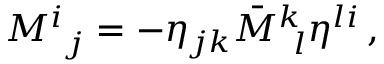
M _ { \, \, \, j } ^ { i } = - \eta _ { j k } \bar { M } _ { \, \, \, l } ^ { k } \eta ^ { l i } \, ,